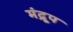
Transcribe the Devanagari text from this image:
मंद्रूप